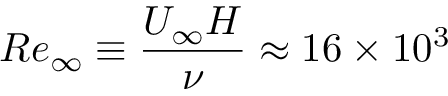
R e _ { \infty } \equiv \frac { U _ { \infty } H } { \nu } \approx 1 6 \times 1 0 ^ { 3 }